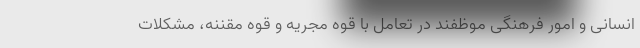
انسانی و امور فرهنگی موظفند در تعامل با قوه مجریه و قوه مقننه، مشکلات